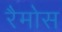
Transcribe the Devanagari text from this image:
रैमोस